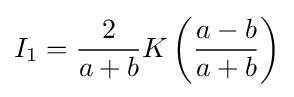
I_{1}={\frac {2}{a+b}}K\left({\frac {a-b}{a+b}}\right)